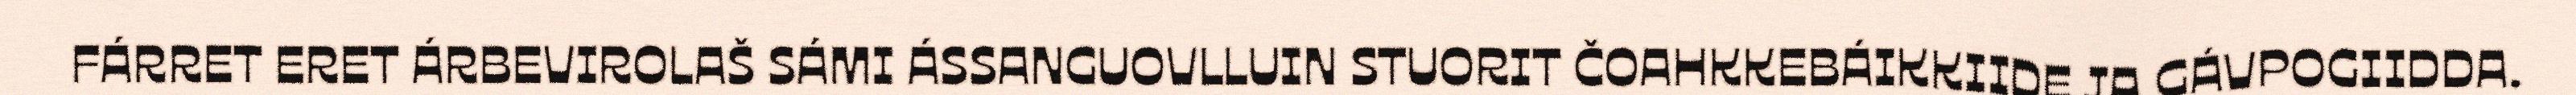
FÁRRET ERET ÁRBEVIROLAŠ SÁMI ÁSSANGUOVLLUIN STUORIT ČOAHKKEBÁIKKIIDE JA GÁVPOGIIDDA.